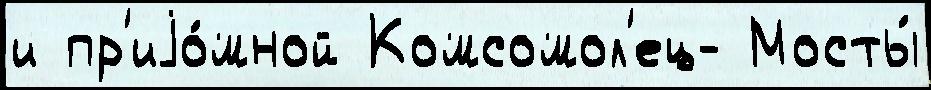
и пр'иjо́мной Комсомол'ец- Мосты́